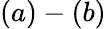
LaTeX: (a)-(b)